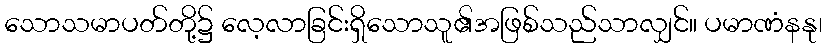
သောသမာပတ်တို့၌ လေ့လာခြင်းရှိသောသူ၏အဖြစ်သည်သာလျှင်။ ပမာဏံနနု၊